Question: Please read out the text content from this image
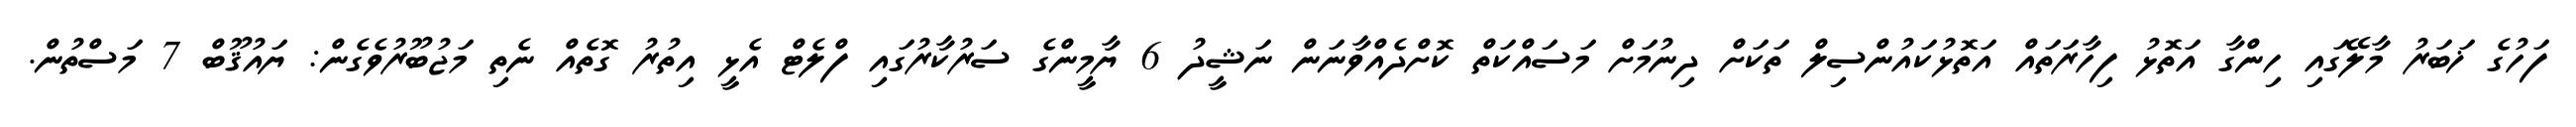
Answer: ފަހުގެ ޚަބަރު މާލޭގައި ހިންގާ އަތޮޅު ފިހާރަތައް އަތޮޅުކައުންސިލް ތަކަށް ދިނުމަށް މަސައްކަތް ކޮށްދެއްވާނަން ނަޝީދު 6 ޔާމީންގެ ސަރުކާރުގައި ފްލެޓް އެޅީ އިތުރު ގޮތެއް ނެތި މަޖުބޫރުވެގެން: ޔައުޤޫބް 7 މަސްތުން.